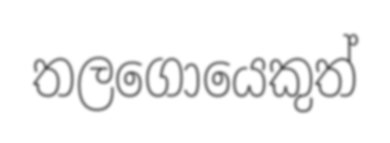
තලගොයෙකුත්